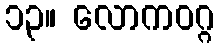
၁၃။ လောကဝဂ္ဂ